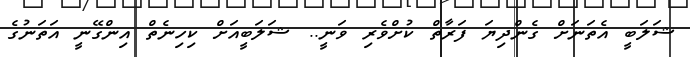
ޝަލަބީ އެތަނަށް ގެންދިޔަ ފަރާތް ކުށްވެރި ވަނީ.. ޝަލަބީއަށް ކިހިނެތް އިންގޭނީ އަތަނުގެ